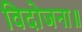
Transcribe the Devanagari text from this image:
विदोजना॥